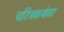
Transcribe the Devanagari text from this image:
चरित्रकथेवर